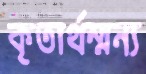
কৃতার্থম্মন্য